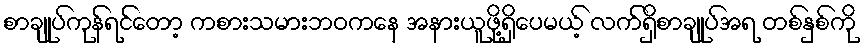
စာချုပ်ကုန်ရင်တော့ ကစားသမားဘဝကနေ အနားယူဖို့ရှိပေမယ့် လက်ရှိစာချုပ်အရ တစ်နှစ်ကို